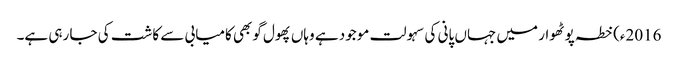
2016ء)خطہ پوٹھوار میں جہاں پانی کی سہولت موجود ہے وہاں پھول گوبھی کامیابی سے کاشت کی جا رہی ہے۔